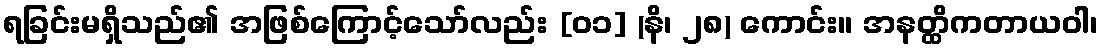
ရခြင်းမရှိသည်၏ အဖြစ်ကြောင့်သော်လည်း [ဝ၁] (နိ၊ ၂၈) ကောင်း။ အနတ္ထိကတာယဝါ၊